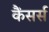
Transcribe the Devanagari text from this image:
कैंसर्स